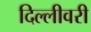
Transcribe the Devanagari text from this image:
दिल्लीवरी